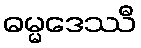
ဓမ္မဒေဿီ